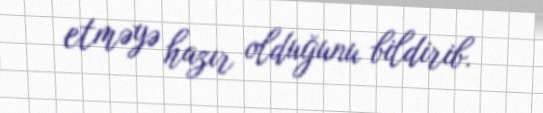
etməyə hazır olduğunu bildirib.